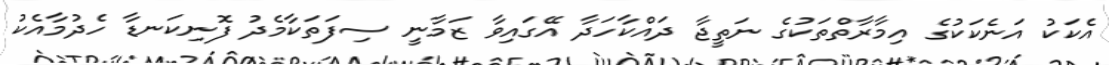
އެކަކު އަނެކަކުގެ އިމާރާތްތަކުގެ ނަތީޖާ ދައްކާހަދާ އޭގައިވާ ޒަމާނީ ސިފަތަކާމެދު ފޮނިކަނޑާ ހެދުމާއެކު